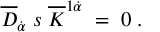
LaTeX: \overline { { { D } } } _ { \dot { \alpha } } \; s \; \overline { { { K } } } ^ { 1 \dot { \alpha } } \; = \; 0 \; .